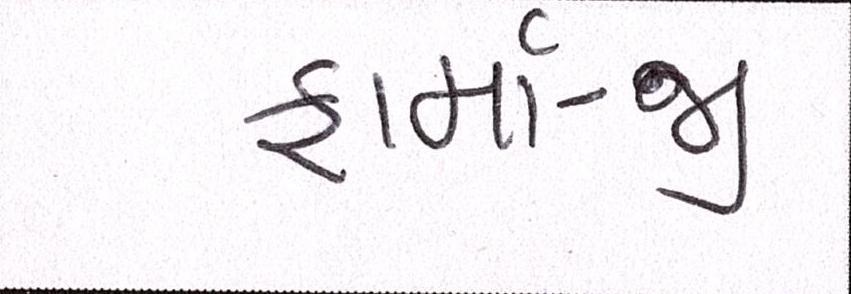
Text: ફાર્મા-જી